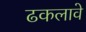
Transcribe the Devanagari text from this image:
ढकलावे